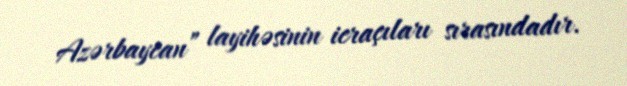
Azərbaycan” layihəsinin icraçıları sırasındadır.